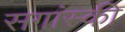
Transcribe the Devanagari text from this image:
सगांस्की